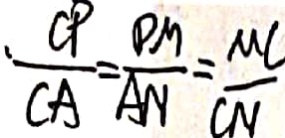
\frac { G P } { C A } = \frac { P M } { A N } = \frac { M C } { C N }